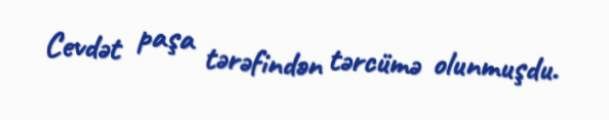
Cevdət paşa tərəfindən tərcümə olunmuşdu.